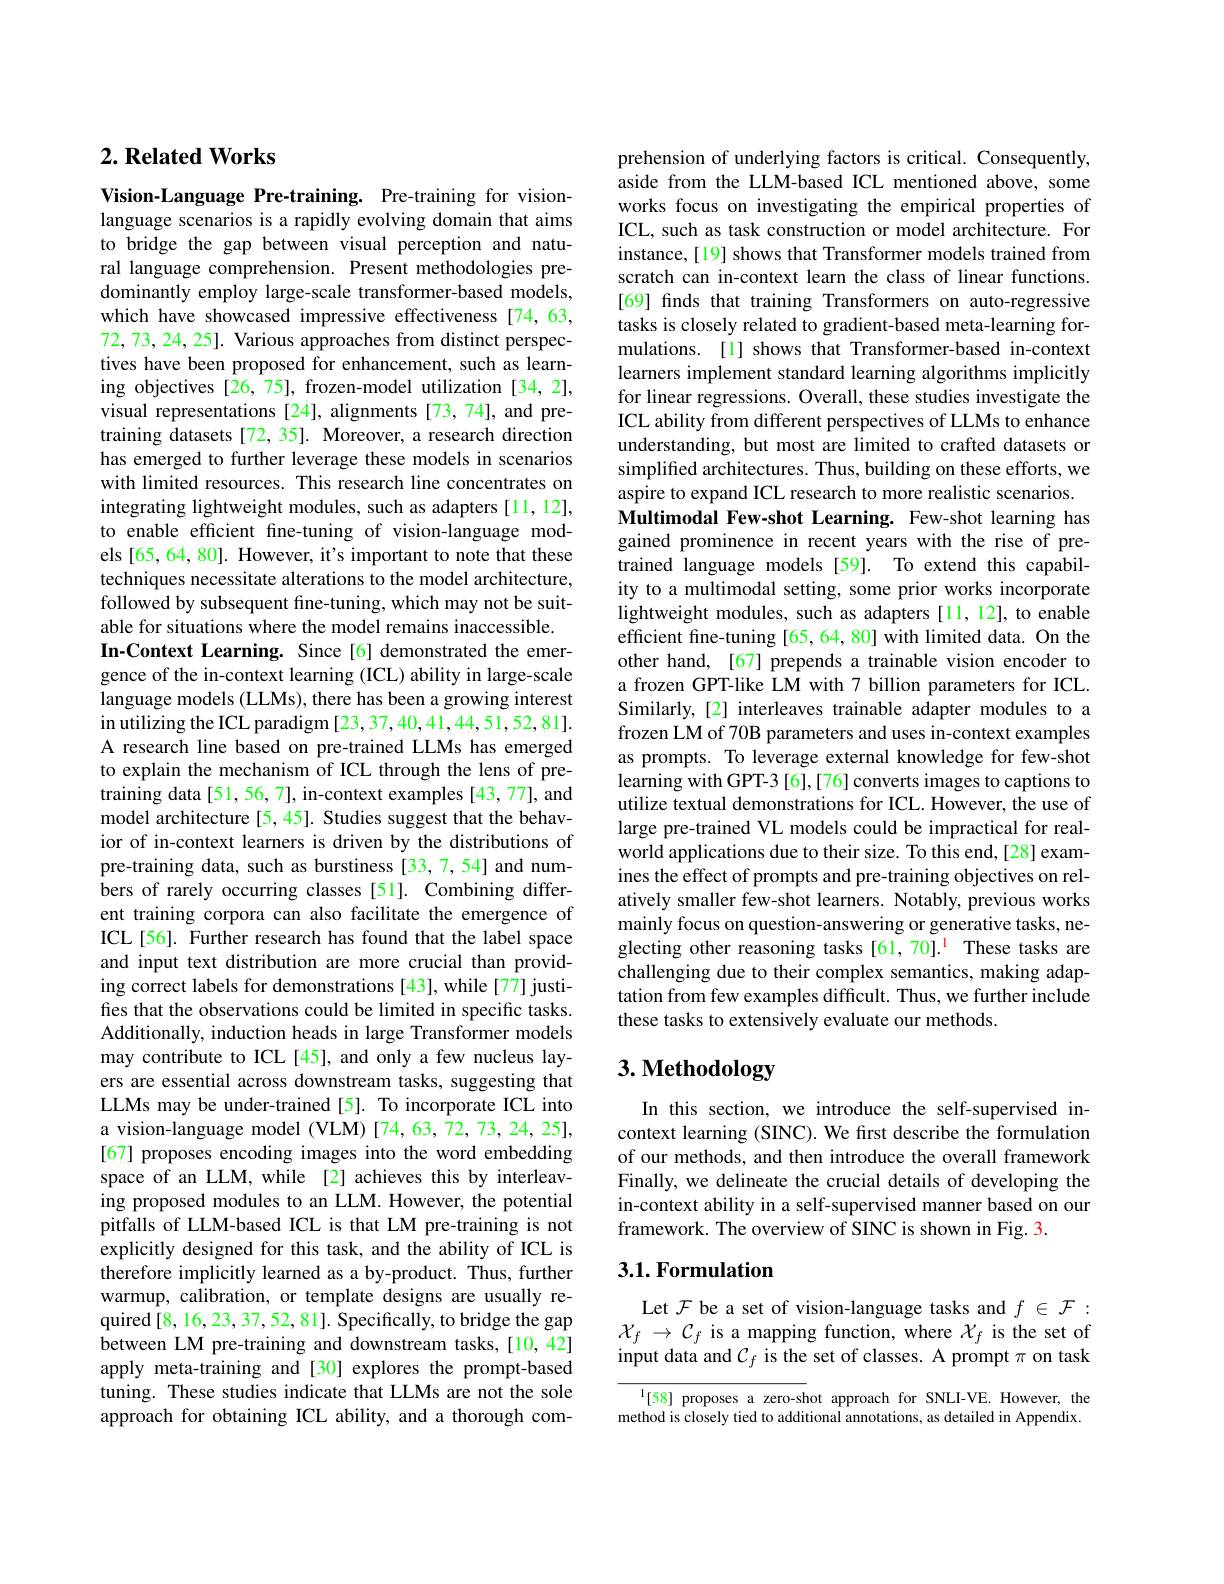
## $2. \textbf{Related Works}$

Vision-Language Pre-training. Pre-training for visionlanguage scenarios is a rapidly evolving domain that aims to bridge the gap between visual perception and natural language comprehension. Present methodologies predominantly employ large-scale transformer-based models, which have showcased impressive effectiveness [74,63, 72, 73, 24, 25]. Various approaches from distinct perspectives have been proposed for enhancement, such as learning objectives [26,75], frozen-model utilization [34,2], visual representations [24], alignments [73,74], and pretraining datasets [72, 35]. Moreover, a research direction has emerged to further leverage these models in scenarios with limited resources. This research line concentrates on integrating lightweight modules, such as adapters [11,12], to enable efficient fine-tuning of vision-language models [65, 64, 80]. However, it's important to note that these techniques necessitate alterations to the model architecture, followed by subsequent fine-tuning, which may not be suitable for situations where the model remains inaccessible.
In-Context Learning. Since[6] demonstrated the emergence of the in-context learning (ICL) ability in large-scale language models (LLMs), there has been a growing interest in utilizing the ICL paradigm [23,37,40,41,44,51,52,81]. A research line based on pre-trained LLMs has emerged to explain the mechanism of ICL through the lens of pretraining data [51, 56, 7], in-context examples [43, 77], and model architecture[5,45]. Studies suggest that the behavior of in-context learners is driven by the distributions of pre-training data, such as burstiness [33,7,54] and numbers of rarely occurring classes [51]. Combining different training corpora can also facilitate the emergence of ICL[56]. Further research has found that the label space and input text distribution are more crucial than providing correct labels for demonstrations [43], while [77] justifies that the observations could be limited in specific tasks. Additionally, induction heads in large Transformer models may contribute to ICL[45], and only a few nucleus layers are essential across downstream tasks, suggesting that LLMs may be under-trained[5]. To incorporate ICL into a vision-language model (VLM) [74,63, 12, 73, 24, 25], [67] proposes encoding images into the word embedding space of an LLM, while [2] achieves this by interleaving proposed modules to an LLM. However, the potential pitfalls of LLM-based ICL is that LM pre-training is not explicitly designed for this task, and the ability of ICL is therefore implicitly learned as a by-product. Thus, further warmup, calibration, or template designs are usually required $[8,16,23,37,52,81].\tilde{\text{Specifically, to bridge the gap}}$ between LM pre-training and downstream tasks,[10,42] apply meta-training and [30] explores the prompt-based tuning. These studies indicate that LLMs are not the sole approach for obtaining ICL ability, and a thorough com-

prehension of underlying factors is critical. Consequently, aside from the LLM-based ICL mentioned above, some works focus on investigating the empirical properties of ICL, such as task construction or model architecture. For instance,[19] shows that Transformer models trained from scratch can in-context learn the class of linear functions. [69] finds that training Transformers on auto-regressive tasks is closely related to gradient-based meta-learning formulations. [1] shows that Transformer-based in-context learners implement standard learning algorithms implicitly for linear regressions. Overall, these studies investigate the ICL ability from different perspectives of LLMs to enhance understanding, but most are limited to crafted datasets or simplified architectures. Thus, building on these efforts, we aspire to expand ICL research to more realistic scenarios. Multimodal Few-shot Learning. Few-shot learning has gained prominence in recent years with the rise of pretrained language models [59]. To extend this capability to a multimodal setting, some prior works incorporate lightweight modules, such as adapters [11,12], to enable efficient fine-tuning [65, 64, 80] with limited data. On the other hand, [67] prepends a trainable vision encoder to a frozen GPT-like LM with 7 billion parameters for ICL. Similarly,[2] interleaves trainable adapter modules to a frozen LM of 70B parameters and uses in-context examples as prompts. To leverage external knowledge for few-shot learning with GPT-3 [6],[76] converts images to captions to utilize textual demonstrations for ICL. However, the use of large pre-trained VL models could be impractical for realworld applications due to their size. To this end,[28] examines the effect of prompts and pre-training objectives on relatively smaller few-shot learners. Notably, previous works mainly focus on question-answering or generative tasks, neglecting other reasoning tasks[61,70].$^{\mathrm{l}}$ These tasks are challenging due to their complex semantics, making adaptation from few examples difficult. Thus, we further include these tasks to extensively evaluate our methods

# 3. Methodology

In this section, we introduce the self-supervised incontext learning (SINC). We fırst describe the formulation of our methods, and then introduce the overall framework Finally, we delineate the crucial details of developing the in-context ability in a self-supervised manner based on our framework. The overview of SINC is shown in Fig. 3.

## 3.1. Formulation

Let $\mathcal{F}$ be a set of vision-language tasks and $f\in\mathcal{F}:$ $\mathcal{X}_{f}\to\mathcal{C}_{f}$ is a mapping function, where $\mathcal{X}_f$ is the set of input data and $\mathcal{C}_f$ is the set of classes. A prompt $\pi$ on task

$^{1}[58]$ proposes a zero-shot approach for SNLI-VE. However, the method is closely tied to additional annotations, as detailed in Appendix.